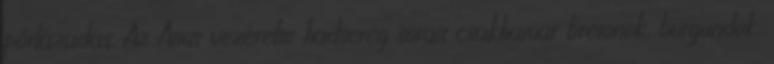
pórlázadás. Az Atius vezérelte hadsereg sorait csakhamar bretonok, burgundok,